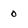
Character: 0